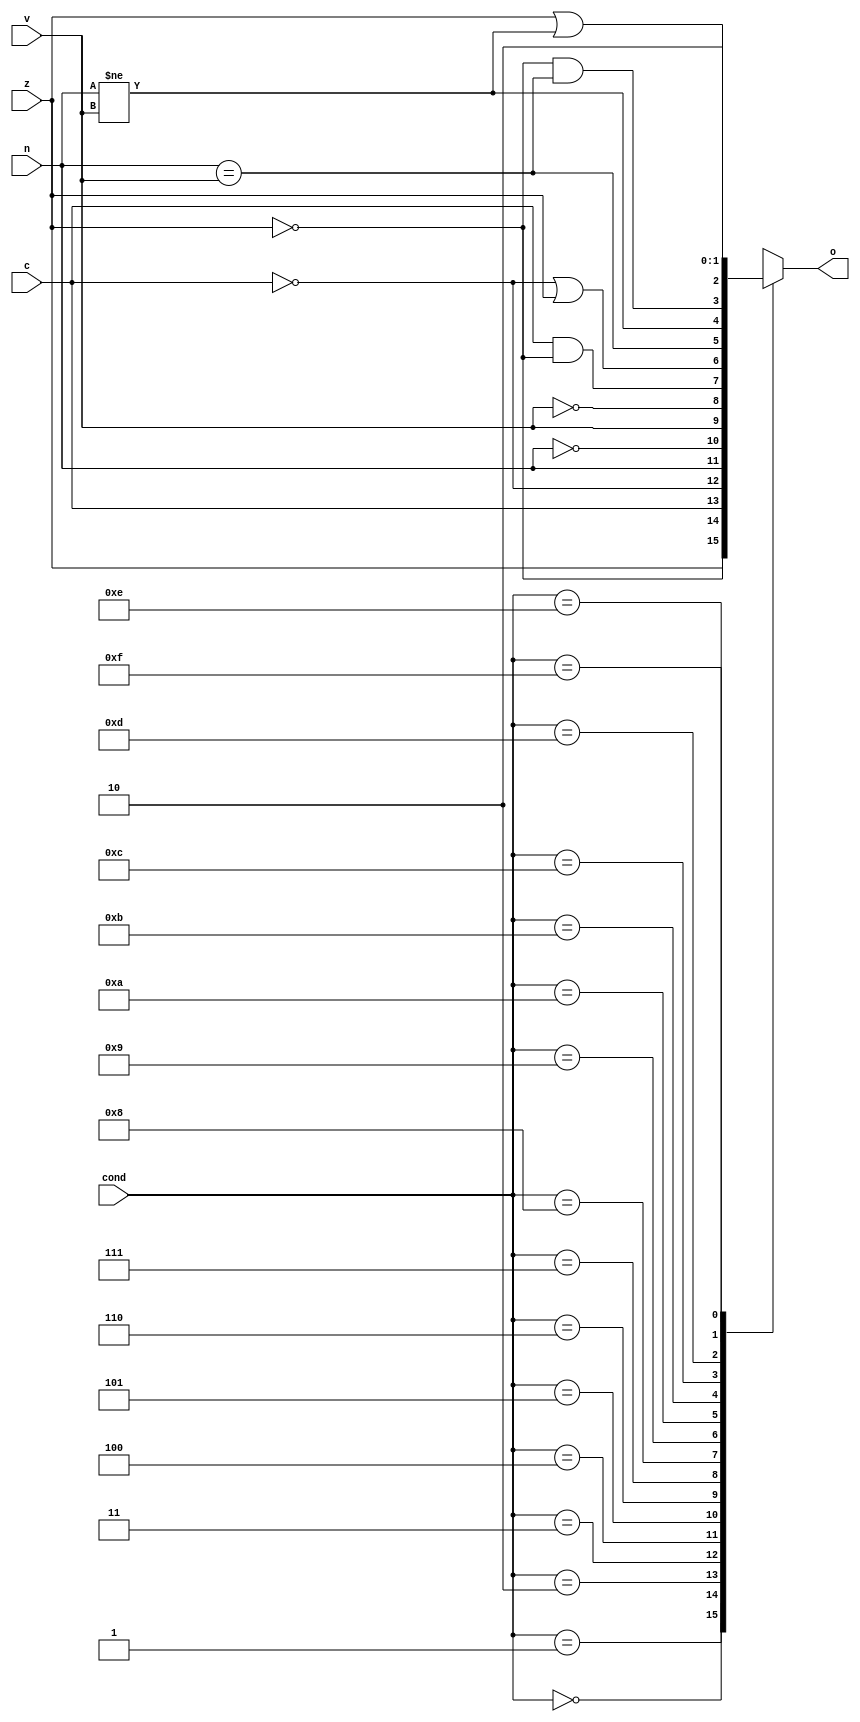
module cond_check(
	input n, z, c, v,
	input [3:0]cond,
	output reg o
);

always @(*) begin
		case(cond)
			4'b0000: o = z;	// equal
			4'b0001: o = ~z;	// not equal
			4'b0010: o = c;	// carry set/unsigned higher or same
			4'b0011: o = ~c;	// carry clear/unsigned lower
			4'b0100: o = n;	// minus/negative 
			4'b0101: o = ~n;	// plus/positive or zero 
			4'b0110: o = v;	// overflow
			4'b0111: o = ~v;	// no overflow
			4'b1000: o = c & ~z;	// unsigned higher
			4'b1001: o = ~c | z;	// unsigned lower or same
			4'b1010: o = n == v;	// signed greater than or equal
			4'b1011: o = n != v;	// signed less than
			4'b1100: o = ~z & (n == v);	// signed greater than
			4'b1101: o = z | (n != v);	// signed less than or equal
			4'b1110: o = 1'b1;	// always(unconditional)
			4'b1111: o = 1'b0;	// should not reach here
			default: o = 1'b0;	// should not reach here
		endcase
end

endmodule